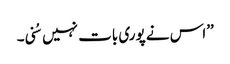
’’اس نے پوری بات نہیں سُنی۔